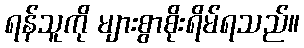
ရန်သူကို များစွာစိုးရိမ်ရသည်။